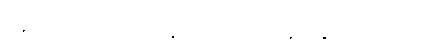
သူတို့ကျတော့ နေရာကျယ်ဝန်းလွန်းလှတယ်။